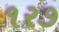
૧ર૭